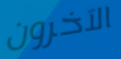
الآخرون